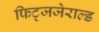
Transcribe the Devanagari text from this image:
फिट्जजेराल्ड